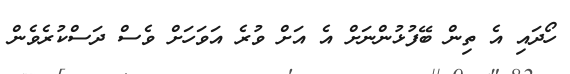
ހޯދައި އެ ތިން ބޭފުޅުންނަށް އެ އަށް ވުރެ އަވަހަށް ވެސް ދަސްކުރެވެން